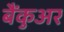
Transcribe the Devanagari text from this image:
बैंकुअर